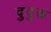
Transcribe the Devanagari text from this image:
दुदुक